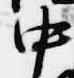
中